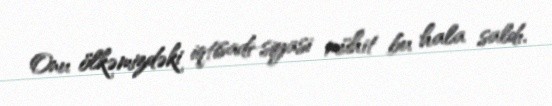
Onu ölkəmizdəki iqtisadi-siyasi mühit bu hala saldı.